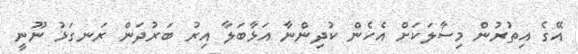
އޭގެ އިތުރުން މިސާލަކަށް އެހެން ކުދިންނާ އަޅާބަލާ އިރު ބަރުދަން ރަނގަޅު ނޫނީ